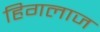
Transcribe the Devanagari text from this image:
हिगलाज